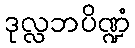
ဒုလ္လဘပိဏ္ဍံ